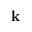
{ \bf k }